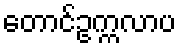
တောင်ဥက္ကလာပ